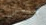
مشمس